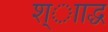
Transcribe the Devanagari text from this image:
श्ााद्ध